Reports on dispensaries and lunatic asylums in the Province of Oudh - 1869-1876
Year: 1869
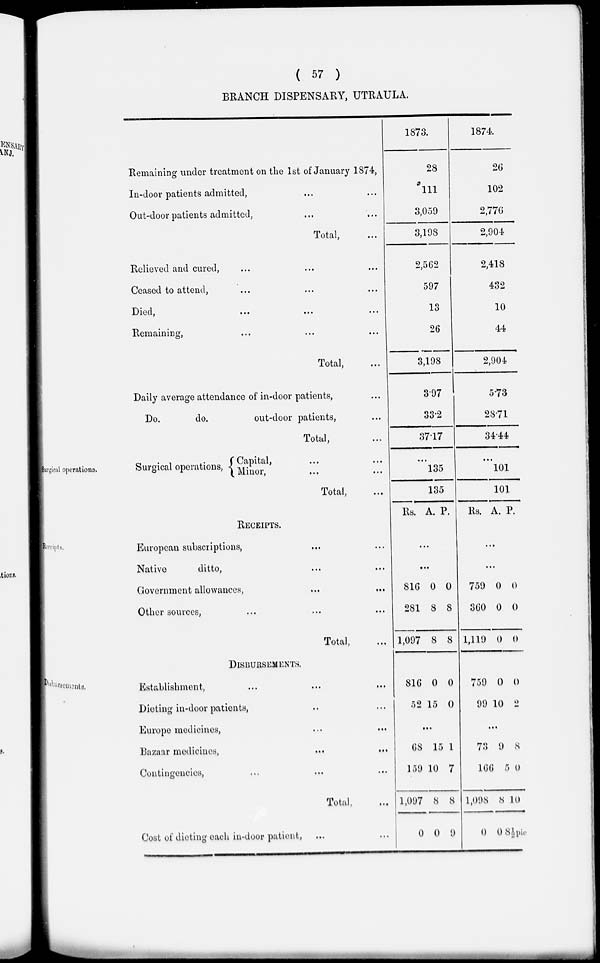
( 57 )
BRANCH DISPENSARY, UTRAULA.
Remaining under treatment on the 1st of January 1874,
In-door patients admitted, ... ...
Out-door patients admitted, ... ...
Total, ...
Relieved and cured, ... ... ...
Ceased to attend, ... ... ...
Died, .. ... ...
Remaining, ... ... ...
Total, ...
Daily average attendance of in-door patients, ...
Do,
do.
out-door patients, ...
Total, ...
1873.
28
111
3,059
3,198
2,562
597
13
26
3,198
3.97
33.2
37.17
1874.
26
102
2,770
2,904
2,418
432
10
44
2,904
5.73
28.71
34.44
Surgical operations.
Surgical operations, Capital, ... ...
Minor, ... ...
Total, ...
...
135
135
...
101
101
Receipts.
RECEIPTS.
European subscriptions, ... ...
Native
ditto, ... ...
Government allowances, ... ...
Other sources, ... ... ...
Total, ...
Rs. A. P.
...
...
816
281
1,097
0
8
8
0
8
8
Rs. A. P.
...
...
759
360
1,119
0
0
0
0
0
0
Disbursements.
DISBURSEMENTS.
Establishment, ... ... ...
Dieting in-door patients, .. ...
Europe medicines, ... ...
Bazaar medicines,
...
...
Contingencies, .. ... ...
Total, ...
Cost of dieting each in-door patient, ... ...
816
52
0
15
0
0
...
68
159
1,097
0
15
10
8
0
1
7
8
9
759
99
0
10
0
2
...
73
166
1,098
0
9
5
8
0
8
0
10
8½pie